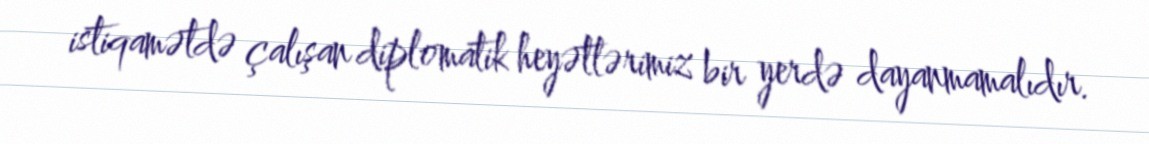
istiqamətdə çalışan diplomatik heyətlərimiz bir yerdə dayanmamalıdır.